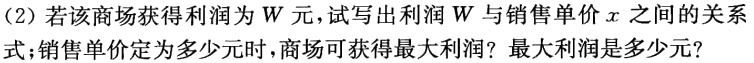
（2）若该商场获得利润为\(W\)元，试写出利润\(W\)与销售单价\(x\)之间的关系式；销售单价定为多少元时，商场可获得最大利润？最大利润是多少元？